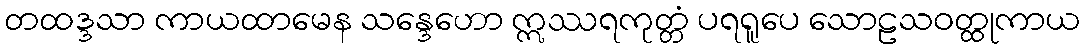
တထဒ္ဒသာ ကာယထာမေန သန္ဒေဟော ဣဿရကုတ္တံ ပရရူပေ သောဠသဝတ္ထုကာယ